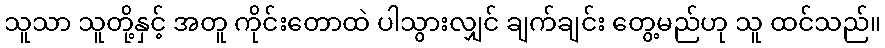
သူသာ သူတို့နှင့် အတူ ကိုင်းတောထဲ ပါသွားလျှင် ချက်ချင်း တွေ့မည်ဟု သူ ထင်သည်။